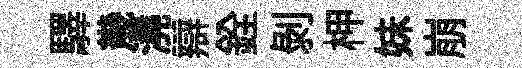
驛㡬澆辯銓剝柙妹崩